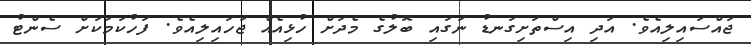
ޖައްސައިލިއެވެ. އަދި އިސްތަށިގަނޑު ނަގައި ބޮލުގެ މެދަށް ހުޅިއެއް ޖަހައިލިއެވެ. ފަހުކަމަކަށް ސެންޓު